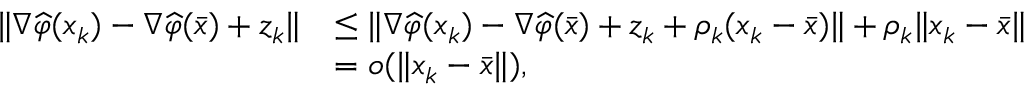
\begin{array} { r l } { \| \nabla \widehat { \varphi } ( x _ { k } ) - \nabla \widehat { \varphi } ( \bar { x } ) + z _ { k } \| } & { \leq \| \nabla \widehat { \varphi } ( x _ { k } ) - \nabla \widehat { \varphi } ( \bar { x } ) + z _ { k } + \rho _ { k } ( x _ { k } - \bar { x } ) \| + \rho _ { k } \| x _ { k } - \bar { x } \| } \\ & { = o ( \| x _ { k } - \bar { x } \| ) , } \end{array}